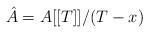
LaTeX: \begin{align*}\hat A = A[[T]]/(T - x)\end{align*}